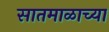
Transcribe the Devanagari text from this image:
सातमाळाच्या